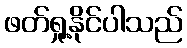
ဖတ်ရှု့နိုင်ပါသည်